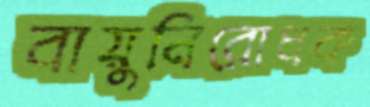
বায়ুনিরোধক